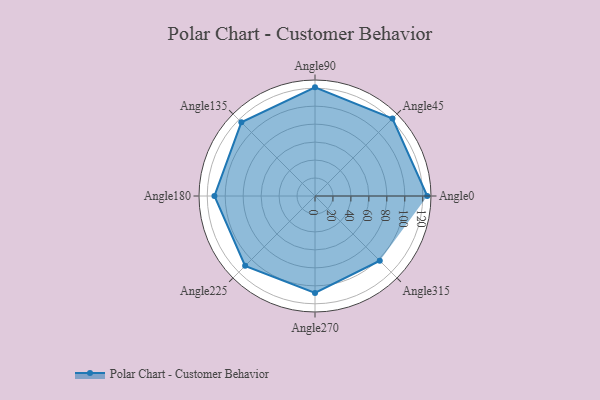
{"axis": {"x": "Angle", "y": "Radius"}, "legend": [""], "data": [{"x": "Angle0", "y": 125.0, "type": ""}, {"x": "Angle45", "y": 122.0, "type": ""}, {"x": "Angle90", "y": 121.0, "type": ""}, {"x": "Angle135", "y": 116.0, "type": ""}, {"x": "Angle180", "y": 112.0, "type": ""}, {"x": "Angle225", "y": 110.0, "type": ""}, {"x": "Angle270", "y": 108.0, "type": ""}, {"x": "Angle315", "y": 102.0, "type": ""}]}